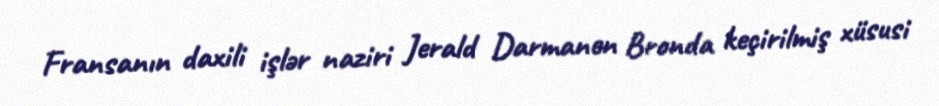
Fransanın daxili işlər naziri Jerald Darmanen Bronda keçirilmiş xüsusi